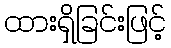
ထားရှိခြင်းဖြင့်